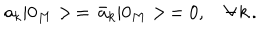
LaTeX: a _ { k } | 0 _ { M } > \, = \, \bar { a } _ { k } | 0 _ { M } > \, = 0 , \quad \forall \, k \, { . }